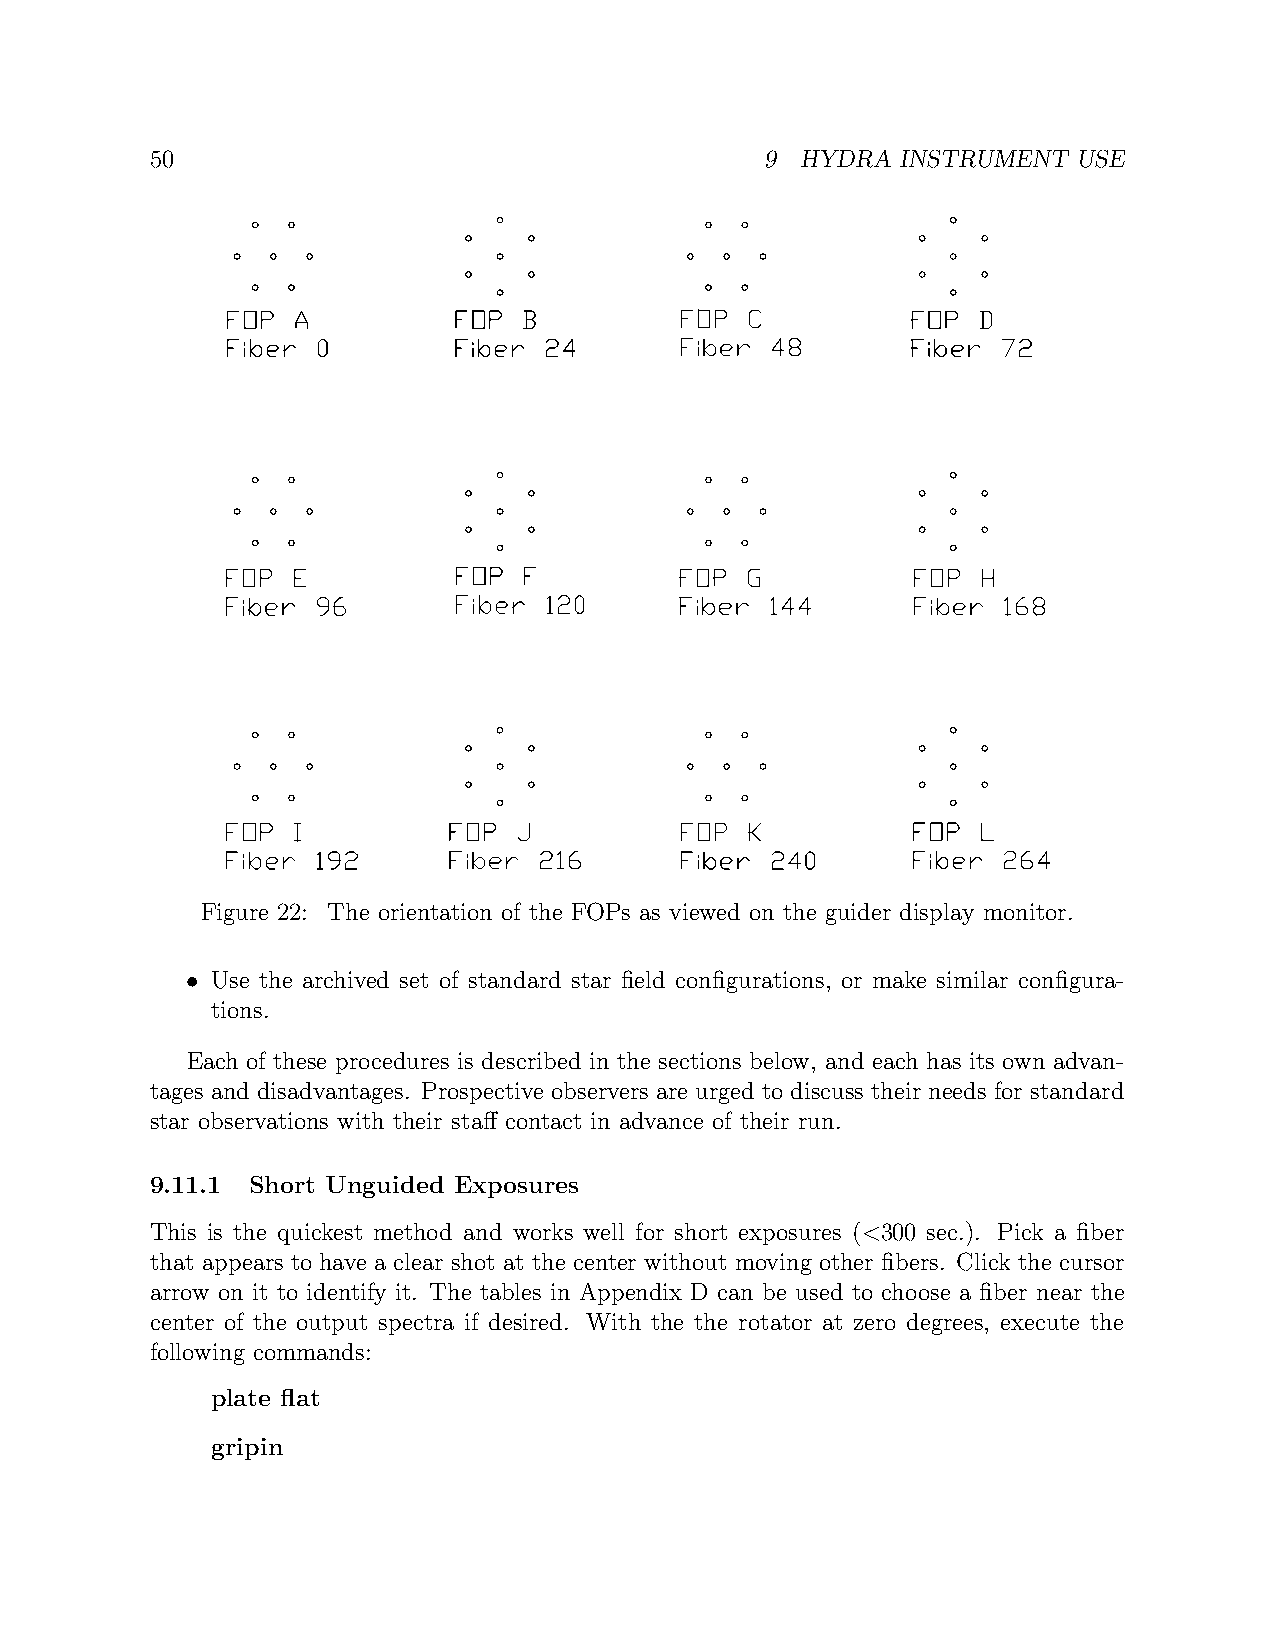
50                                       9 HYDRA  INSTRUMENT USE
 Figure 22: The orientation of the FOPs as viewed on the guider display monitor.
 • Use the archived set of standard star field configurations, or make similar configura-
 tions.
 Each of these procedures is described in the sections below, and each has its own advan-
 tages and disadvantages. Prospective observers are urged to discuss their needs for standard
 star observations with their staff contact in advance of their run.
 9.11.1 Short Unguided Exposures
 This is the quickest method and works well for short exposures (<300 sec.). Pick a fiber
 that appears to have a clear shot at the center without moving other fibers. Click the cursor
 arrow on it to identify it. The tables in Appendix D can be used to choose a fiber near the
 center of the output spectra if desired. With the the rotator at zero degrees, execute the
 following commands:
 plate flat
 gripin